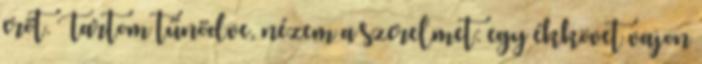
erőt. Tartom tűnődve, nézem a szerelmet: egy ékkövet vajon